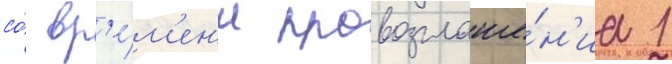
со́ вр'е́м'ен'и провозглаше́н'иа 1